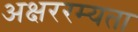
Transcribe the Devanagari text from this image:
अक्षररम्यता